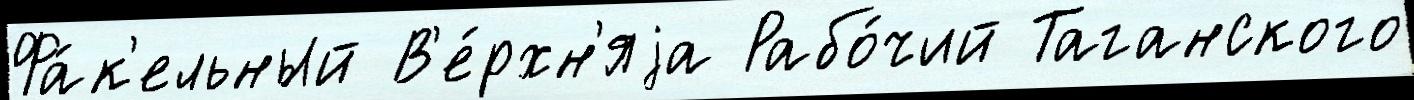
Фа́к'ельный В'е́рхн'яjа Рабо́чий Таганского